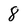
Character: 8